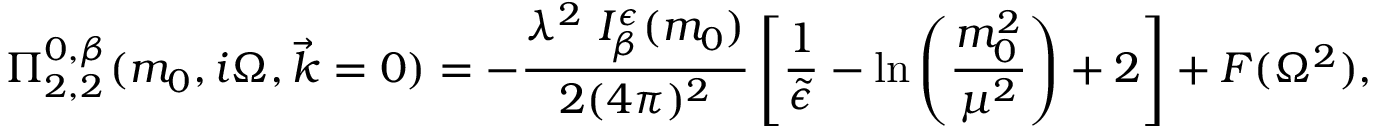
\Pi _ { 2 , 2 } ^ { 0 , \beta } ( m _ { 0 } , i \Omega , \vec { k } = 0 ) = - \frac { \lambda ^ { 2 } ~ I _ { \beta } ^ { \epsilon } ( m _ { 0 } ) } { 2 ( 4 \pi ) ^ { 2 } } \left[ \frac { 1 } { \tilde { \epsilon } } - \ln \left( \frac { m _ { 0 } ^ { 2 } } { \mu ^ { 2 } } \right) + 2 \right] + F ( \Omega ^ { 2 } ) ,